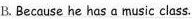
B.Because he has a music class.